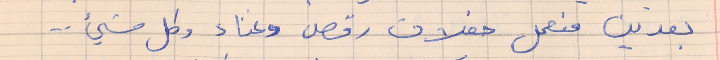
بعدين منعمل حفلات رقص وغناء وكل شيء ...